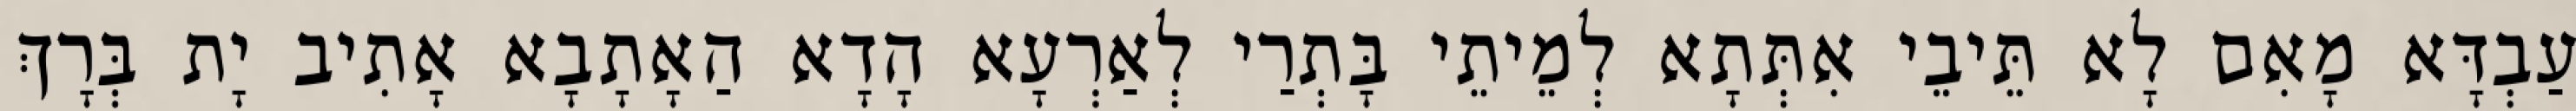
עַבְדָּא מָאִם לָא תֵּיבֵי אִתְּתָא לְמֵיתֵי בָּתְרַי לְאַרְעָא הָדָא הַאָתָבָא אָתִיב יָת בְּרָךְ